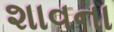
શાવના